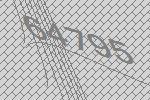
64795